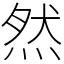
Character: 然